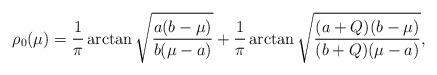
LaTeX: \begin{align*}\rho_0(\mu)=\frac{1}{\pi}\arctan\sqrt{\frac{a(b-\mu)}{b(\mu-a)}} +\frac{1}{\pi}\arctan\sqrt{\frac{(a+Q)(b-\mu)}{(b+Q)(\mu-a)}},\end{align*}